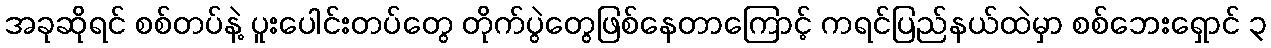
အခုဆိုရင် စစ်တပ်နဲ့ ပူးပေါင်းတပ်တွေ တိုက်ပွဲတွေဖြစ်နေတာကြောင့် ကရင်ပြည်နယ်ထဲမှာ စစ်ဘေးရှောင် ၃